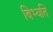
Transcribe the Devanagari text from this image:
बिभ्यति